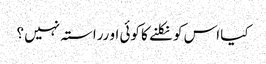
کیا اس کو نکلنے کا کوئی او رراستہ نہیں ؟